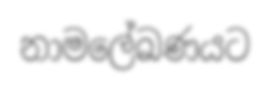
නාමලේඛණයට